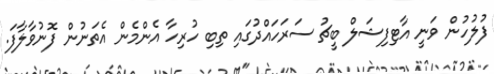
ފުލުހުން ވަނީ އާޓިފިޝަލް ބީޗު ސަރަހައްދުގައި ތިބި ހުރިހާ އެންމެން އެތަނުން ފޮނުވާލާފަ.